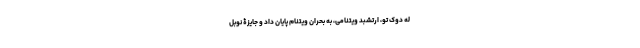
له دوک تو، ارتشبد ویتنامی، به بحران ویتنام پایان داد و جایزۀ نوبل